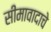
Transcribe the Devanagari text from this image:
सीमावादाचे